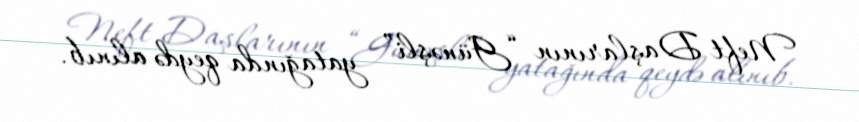
Neft Daşlarının “Günəşli” yatağında qeydə alınıb.